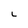
Character: L